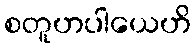
စတူဟပါယေဟိ